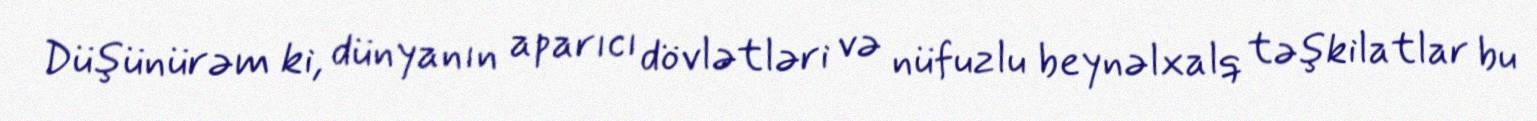
Düşünürəm ki, dünyanın aparıcı dövlətləri və nüfuzlu beynəlxalq təşkilatlar bu